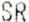
SR